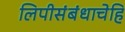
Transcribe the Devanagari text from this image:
लिपीसंबंधाचेहि